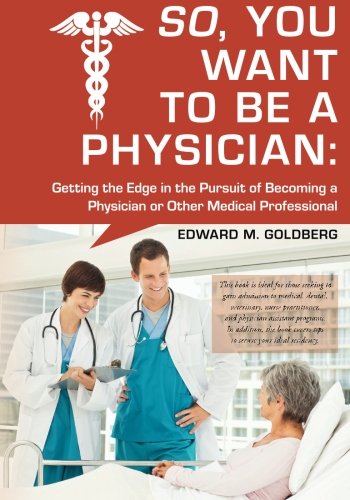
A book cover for So, You Want to Be a Physician: Getting an Edge in your Pursuit of the Challenging Dream of Becoming a Medical Professional; Edward M Goldberg; Test Preparation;